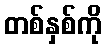
တစ်နှစ်ကို